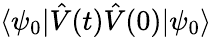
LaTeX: \langle\psi_{0}|\hat{V}(t)\hat{V}(0)|\psi_{0}\rangle